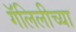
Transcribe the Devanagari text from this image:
गॅलिलीच्या